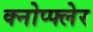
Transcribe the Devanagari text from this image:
क्नोप्फ्लेर